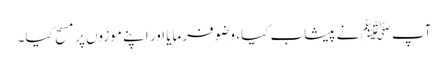
آپ ﷺ نے پیشاب کیا، وضو فرمایا اور اپنے موزوں پر مسح کیا۔